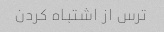
ترس از اشتباه کردن